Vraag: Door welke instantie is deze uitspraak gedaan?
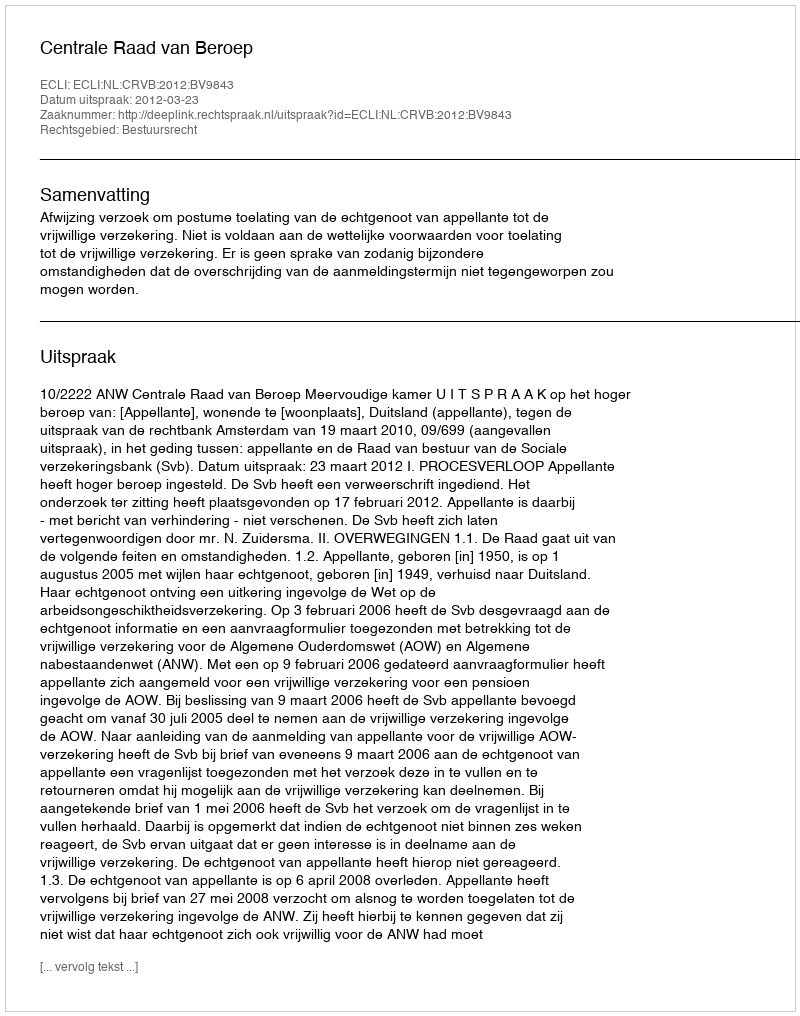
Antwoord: Centrale Raad van Beroep